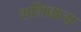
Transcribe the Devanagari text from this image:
शशिबाला